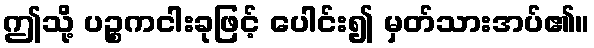
ဤသို့ ပဉ္စကငါးခုဖြင့် ပေါင်း၍ မှတ်သားအပ်၏။